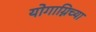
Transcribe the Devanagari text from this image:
योगाग्निच्या